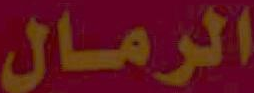
الرمال